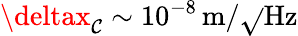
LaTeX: \deltax_{\mathcal{C}}\sim10^{-8}\, \mathrm{{m}}/\sqrt{}{{\mathrm{{Hz}}}}